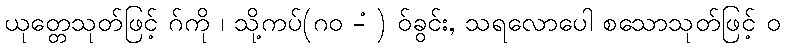
ယုတ္တေသုတ်ဖြင့် ဂ်ကို ၊ သို့ကပ်(ဂဝ -ံ ) ဝ်ခွင်း, သရလောပေါ စသောသုတ်ဖြင့် ဝ